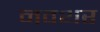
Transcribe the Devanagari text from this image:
नवथर